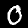
Label: 0